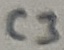
Text: C3